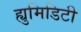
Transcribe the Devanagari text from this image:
ह्युमिडिटी